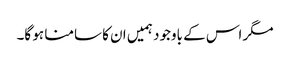
مگر اس کے باوجود ہمیں ان کا سامنا ہو گا۔